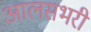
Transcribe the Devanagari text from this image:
आलसभरी